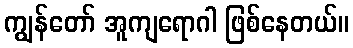
ကျွန်တော် အူကျရောဂါ ဖြစ်နေတယ်။